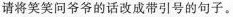
请将笑笑问爷爷的话改成带引号的句子。